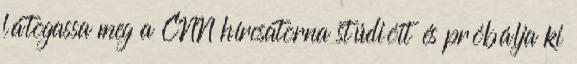
látogassa meg a CNN hírcsatorna stúdióit és próbálja ki